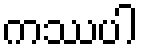
ကဿပါ